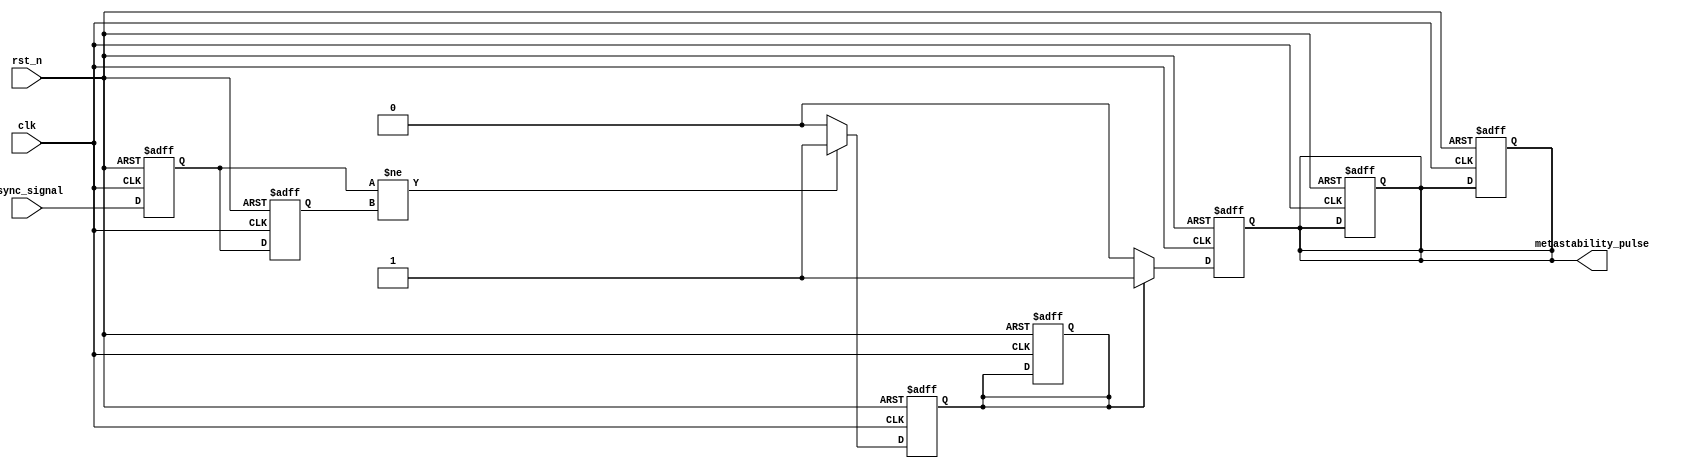
module metastability_detector (
    input wire clk,                // Clock signal
    input wire rst_n,              // Active-low reset signal
    input wire async_signal,       // Asynchronous input signal
    output reg metastability_pulse  // Metastability indication output
);

    // Internal signals
    reg ff1_out;                  // Output of first flip-flop
    reg ff2_out;                  // Output of second flip-flop
    reg pulse_gen;                // Pulse generation signal

    // D Flip-Flops
    always @(posedge clk or negedge rst_n) begin
        if (!rst_n) begin
            ff1_out <= 1'b0;
            ff2_out <= 1'b0;
            metastability_pulse <= 1'b0;
            pulse_gen <= 1'b0;
        end else begin
            ff1_out <= async_signal; // Sample async signal
            ff2_out <= ff1_out;      // Sample output of FF1
        end
    end

    // Pulse Generation Logic
    always @(posedge clk or negedge rst_n) begin
        if (!rst_n) begin
            pulse_gen <= 1'b0;
            metastability_pulse <= 1'b0;
        end else begin
            if (ff1_out != ff2_out) begin
                pulse_gen <= 1'b1; // Generate pulse if outputs differ
            end else begin
                pulse_gen <= 1'b0; // Clear pulse if outputs are the same
            end
        end
    end

    // Timing Logic for pulse duration
    always @(posedge clk or negedge rst_n) begin
        if (!rst_n) begin
            metastability_pulse <= 1'b0;
        end else if (pulse_gen) begin
            metastability_pulse <= 1'b1; // Assert pulse
        end else begin
            metastability_pulse <= 1'b0; // Deassert pulse
        end
    end

endmodule